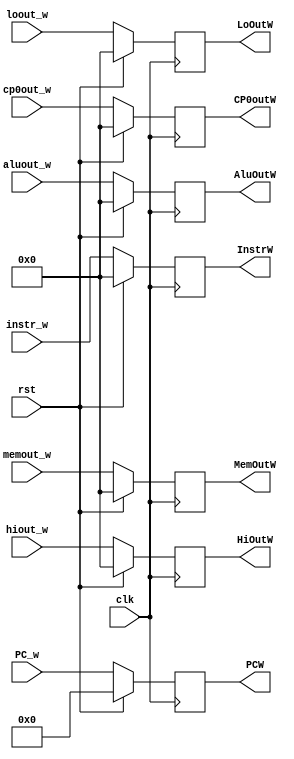

module Reg_W(clk, rst, instr_w, PC_w, aluout_w, memout_w, hiout_w, loout_w, cp0out_w, InstrW, PCW, AluOutW, MemOutW, HiOutW, LoOutW, CP0outW); // no clear or we in W.
    input clk;
	input rst;
	input [31:0] instr_w;
	input [31:2] PC_w;
	input [31:0] aluout_w;
	input [31:0] memout_w;
	input [31:0] hiout_w;
	input [31:0] loout_w;
	input [31:0] cp0out_w;
	
	output [31:0] InstrW;
	output [31:2] PCW;
	output [31:0] AluOutW;
	output [31:0] MemOutW;
	output [31:0] HiOutW;
	output [31:0] LoOutW;
	output [31:0] CP0outW;
	
	reg [31:0] instr_reg;
	reg [31:2] PC_reg;
	reg [31:0] aluout_reg;
	reg [31:0] memout_reg;
	reg [31:0] hiout_reg;
	reg [31:0] loout_reg;
	reg [31:0] cp0out_reg;
	
	assign InstrW = instr_reg;
	assign PCW = PC_reg;
	assign AluOutW = aluout_reg;
	assign MemOutW = memout_reg;
	assign HiOutW = hiout_reg;
	assign LoOutW = loout_reg;
	assign CP0outW = cp0out_reg;
	
	always@(posedge clk)
	begin
	    if(rst)
		begin
		    instr_reg = 32'b0;
			PC_reg = 30'b0;
			aluout_reg = 32'b0;
			memout_reg = 32'b0;
			hiout_reg = 32'b0;
			loout_reg = 32'b0;
			cp0out_reg = 32'b0;
		end
		else 
		begin
		    instr_reg = instr_w;
			PC_reg = PC_w;
			aluout_reg = aluout_w;
			memout_reg = memout_w;
			hiout_reg = hiout_w;
			loout_reg = loout_w;
			cp0out_reg = cp0out_w;
		end
	    
	end
endmodule